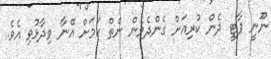
ނޫނީ ޕާޓީ ދެން ކުރިއަށް ގެންދެވެން ނެތް ކަމަށް އޭނާ ވިދާޅުވި އެވެ.